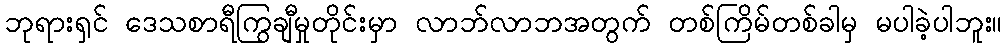
ဘုရားရှင် ဒေသစာရီကြွချီမှုတိုင်းမှာ လာဘ်လာဘအတွက် တစ်ကြိမ်တစ်ခါမှ မပါခဲ့ပါဘူး။